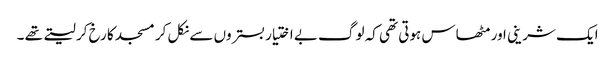
ایک شرینی اور مٹھاس ہوتی تھی کہ لوگ بے اختیار بستروں سے نکل کر مسجد کا رخ کر لیتے تھے ۔